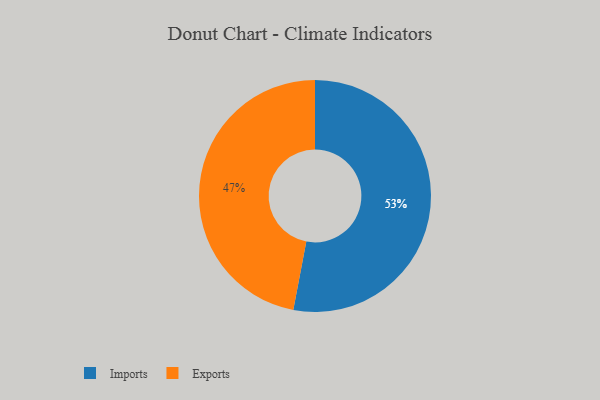
{"axis": {"x": "Category", "y": "Percentage"}, "legend": ["Exports", "Imports"], "data": [{"x": "Imports", "y": 53, "type": "Imports"}, {"x": "Exports", "y": 47, "type": "Exports"}]}